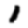
Digit: 1